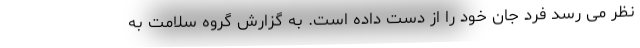
نظر می رسد فرد جان خود را از دست داده است. به گزارش گروه سلامت به